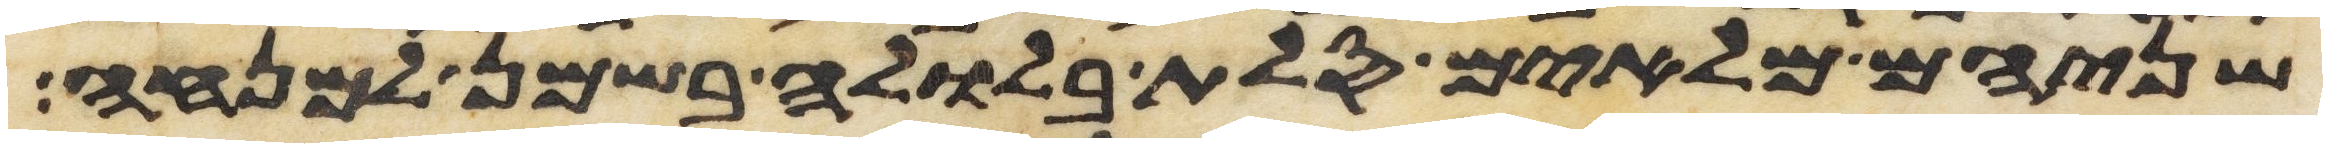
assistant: שניהם מלאים סלת בלולה בשמן למנחה